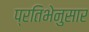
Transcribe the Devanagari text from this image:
प्रतिभेनुसार